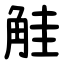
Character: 觟